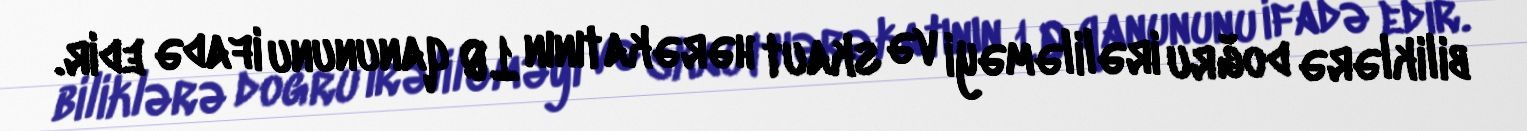
biliklərə doğru irəliləməyi və skaut hərəkatının 10 qanununu ifadə edir.